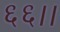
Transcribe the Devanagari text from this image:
६६।।